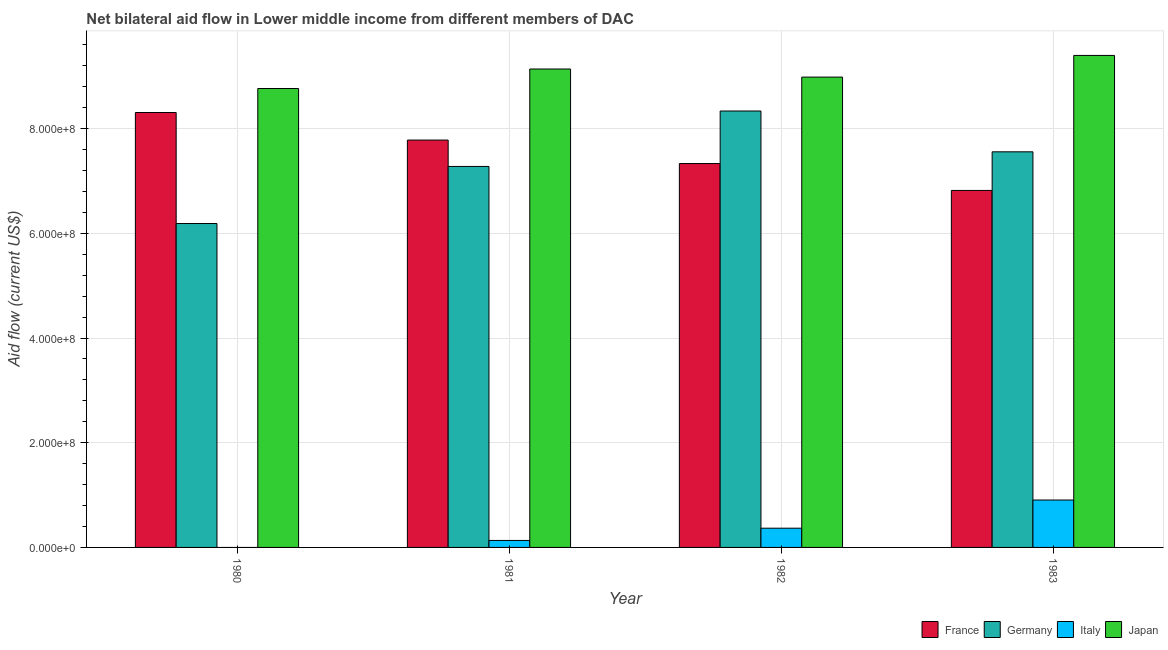
| Year | France | Germany | Italy | Japan |
 | --- | --- | --- | --- | --- |
 | 1980 | 8.31e+08 | 6.19e+08 | -8.63e+06 | 8.77e+08 |
 | 1981 | 7.78e+08 | 7.28e+08 | 1.33e+07 | 9.14e+08 |
 | 1982 | 7.33e+08 | 8.34e+08 | 3.67e+07 | 8.98e+08 |
 | 1983 | 6.82e+08 | 7.56e+08 | 9.05e+07 | 9.4e+08 |